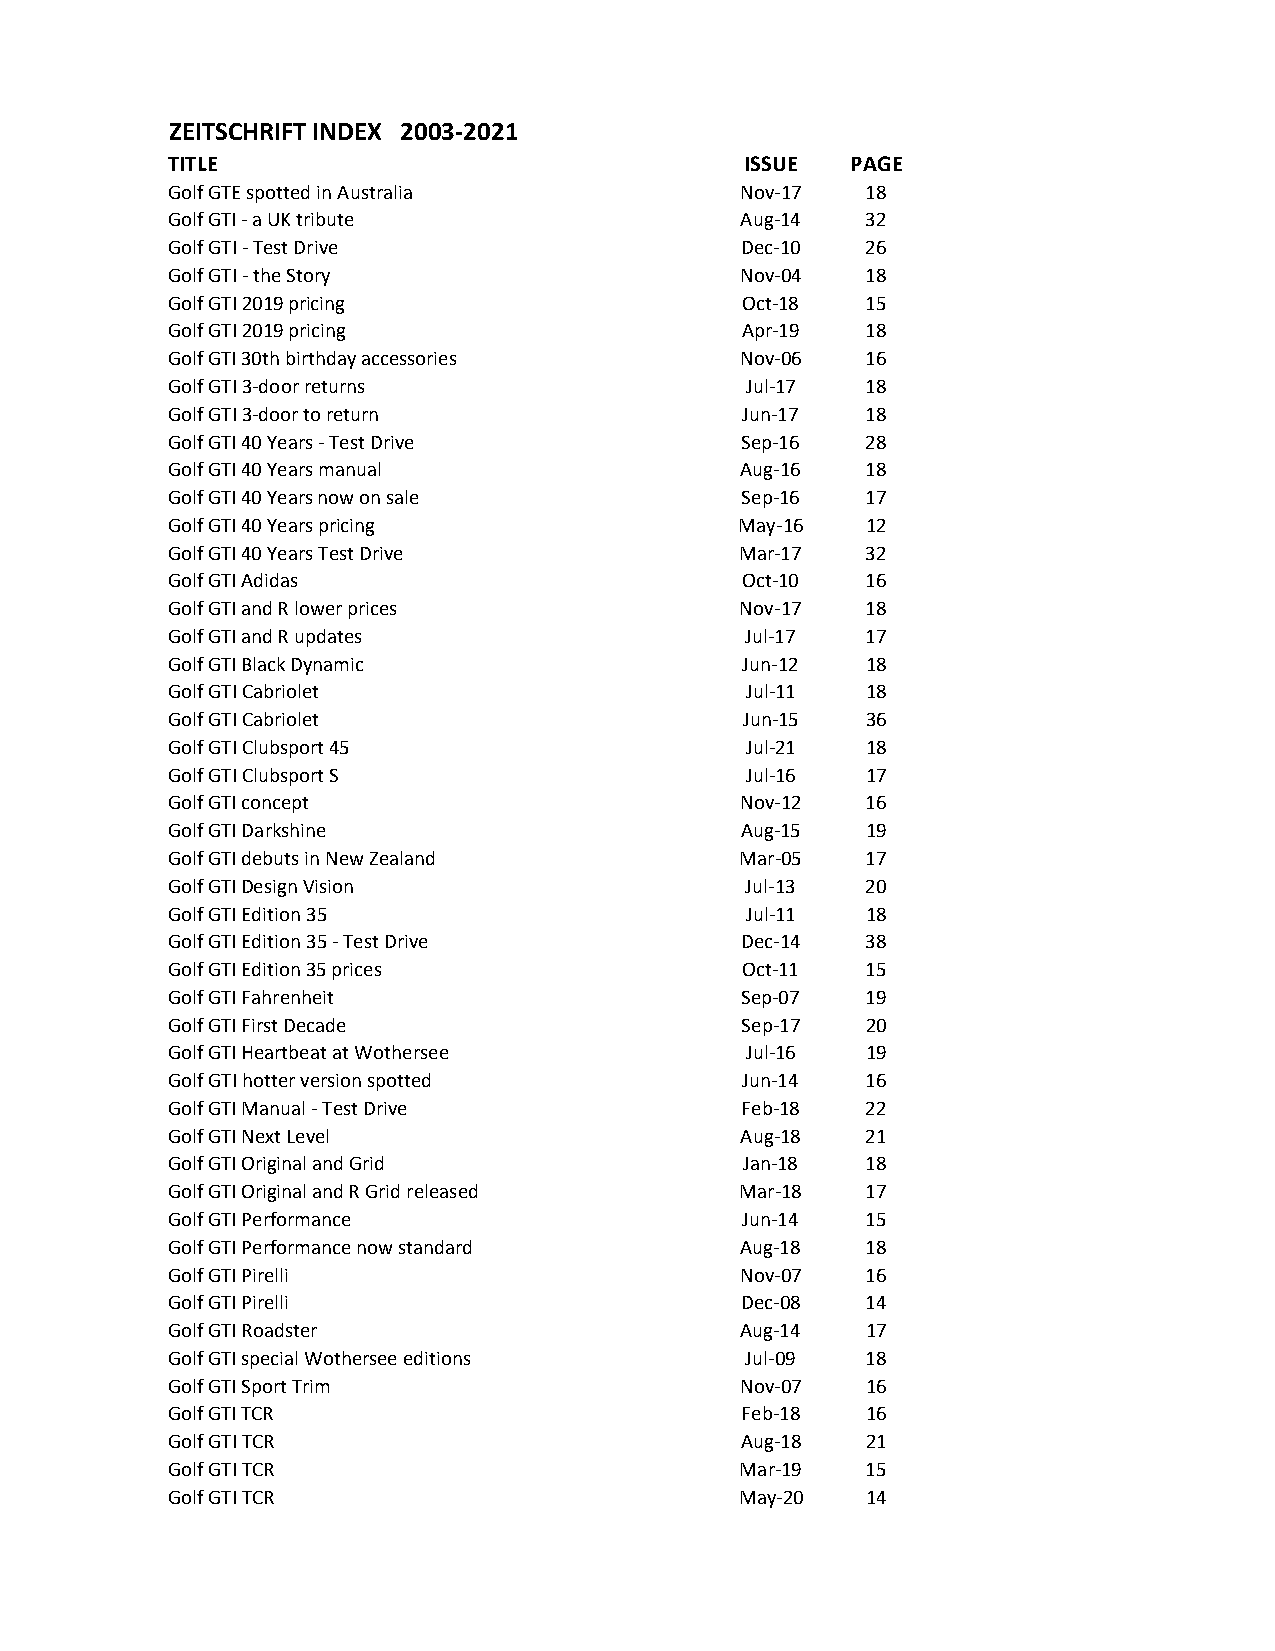
ZEITSCHRIFT INDEX 2003-2021
 TITLE                                 ISSUE  PAGE
 Golf GTE spotted in Australia         Nov-17  18
 Golf GTI - a UK tribute               Aug-14  32
 Golf GTI - Test Drive                 Dec-10  26
 Golf GTI - the Story                  Nov-04  18
 Golf GTI 2019 pricing                 Oct-18  15
 Golf GTI 2019 pricing                 Apr-19  18
 Golf GTI 30th birthday accessories    Nov-06  16
 Golf GTI 3-door returns               Jul-17  18
 Golf GTI 3-door to return             Jun-17  18
 Golf GTI 40 Years - Test Drive        Sep-16  28
 Golf GTI 40 Years manual              Aug-16  18
 Golf GTI 40 Years now on sale         Sep-16  17
 Golf GTI 40 Years pricing             May-16  12
 Golf GTI 40 Years Test Drive          Mar-17  32
 Golf GTI Adidas                       Oct-10  16
 Golf GTI and R lower prices           Nov-17  18
 Golf GTI and R updates                Jul-17  17
 Golf GTI Black Dynamic                Jun-12  18
 Golf GTI Cabriolet                    Jul-11  18
 Golf GTI Cabriolet                    Jun-15  36
 Golf GTI Clubsport 45                 Jul-21  18
 Golf GTI Clubsport S                  Jul-16  17
 Golf GTI concept                      Nov-12  16
 Golf GTI Darkshine                    Aug-15  19
 Golf GTI debuts in New Zealand        Mar-05  17
 Golf GTI Design Vision                Jul-13  20
 Golf GTI Edition 35                   Jul-11  18
 Golf GTI Edition 35 - Test Drive      Dec-14  38
 Golf GTI Edition 35 prices            Oct-11  15
 Golf GTI Fahrenheit                   Sep-07  19
 Golf GTI First Decade                 Sep-17  20
 Golf GTI Heartbeat at Wothersee       Jul-16  19
 Golf GTI hotter version spotted       Jun-14  16
 Golf GTI Manual - Test Drive          Feb-18  22
 Golf GTI Next Level                   Aug-18  21
 Golf GTI Original and Grid            Jan-18  18
 Golf GTI Original and R Grid released Mar-18  17
 Golf GTI Performance                  Jun-14  15
 Golf GTI Performance now standard     Aug-18  18
 Golf GTI Pirelli                      Nov-07  16
 Golf GTI Pirelli                      Dec-08  14
 Golf GTI Roadster                     Aug-14  17
 Golf GTI special Wothersee editions   Jul-09  18
 Golf GTI Sport Trim                   Nov-07  16
 Golf GTI TCR                          Feb-18  16
 Golf GTI TCR                          Aug-18  21
 Golf GTI TCR                          Mar-19  15
 Golf GTI TCR                          May-20  14